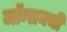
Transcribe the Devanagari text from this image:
जॉन्सनची